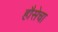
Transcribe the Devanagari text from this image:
हौसेचा